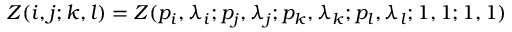
Z ( i , j ; k , l ) = Z ( p _ { i } , \lambda _ { i } ; p _ { j } , \lambda _ { j } ; p _ { k } , \lambda _ { k } ; p _ { l } , \lambda _ { l } ; 1 , 1 ; 1 , 1 )